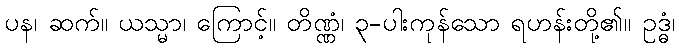
ပန၊ ဆက်။ ယသ္မာ၊ ကြောင့်။ တိဏ္ဏံ၊ ၃-ပါးကုန်သော ရဟန်းတို့၏။ ဥဒ္ဓံ၊